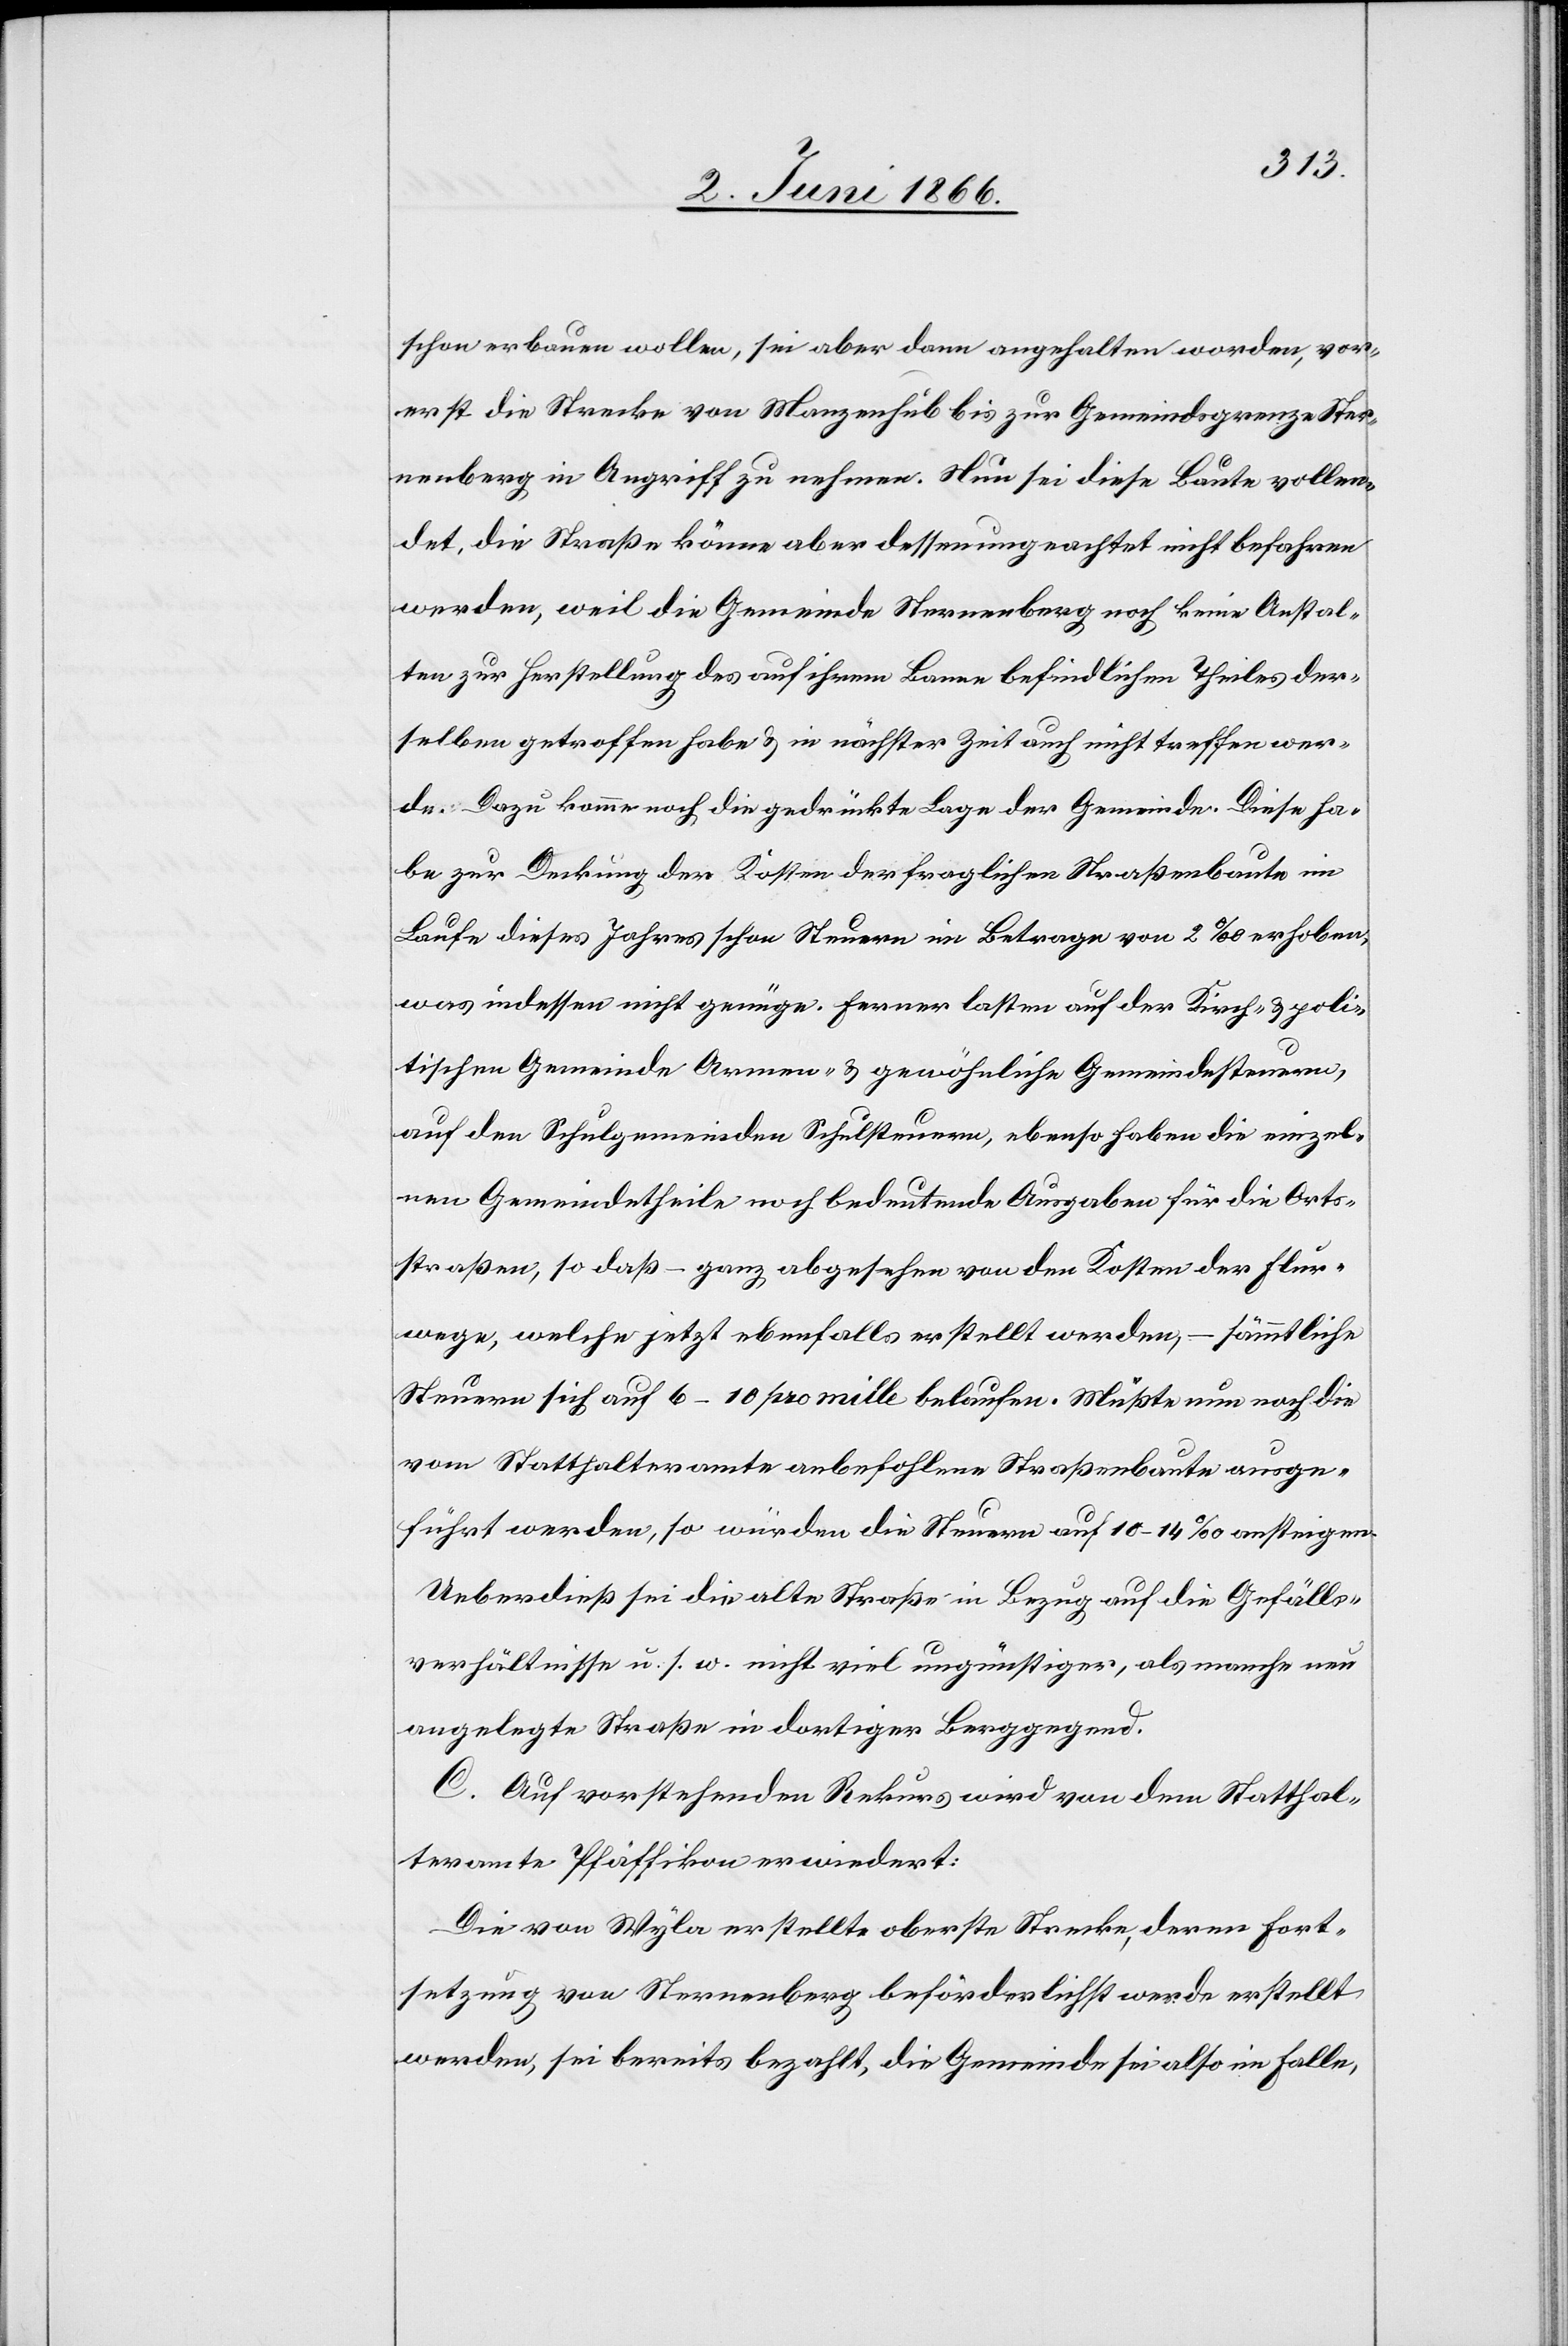
zung
schon erbauen wollen, sei aber dann angehalten worden, vor¬
erst die Strecke von Manzenhub bis zur Gemeindsgrenze Ster¬
nenberg in Angriff zu nehmen. Nun sei diese Baute vollen¬
det, die Straße könne aber dessenungeachtet nicht befahren
werden, weil die Gemeinde Sternenberg noch keine Anstal¬
ten zur Herstellung des auf ihrem Banne befindlichen Theiles der¬
selben getroffen habe u. in nächster Zeit auch nicht treffen wer¬
de: Dazu komme noch die gedrückte Lage der Gemeinde. Diese ha¬
be zur Deckung der Kosten der fraglichen Straßenbaute im
Laufe dieses Jahres schon Steuern im Betrage von 2 ‰ erhoben,
was indessen nicht genüge. Ferner lasten auf der Kirch- u. poli¬
tischen Gemeinde Armen- u. gewöhnliche Gemeindesteuern,
auf den Schulgemeinden Schulsteuern, ebenso haben die einzel¬
nen Gemeindetheile noch bedeutende Ausgaben für die Orts¬
straßen, so daß – ganz abgesehen von den Kosten der Flur¬
wege, welche jetzt ebenfalls erstellt werden, – sämmtliche
Steuern sich auf 6–10 pro mille belaufen. Müßte nun noch die
vom Statthalteramte anbefohlene Straßenbaute ausge¬
führt werden, so würden die Steuern auf 10–14 ‰ ansteigen.
Ueber dieß sei die alte Straße in Bezug auf die Gefälle¬
verhältnisse u. s. w. nicht viel ungünstiger, als mache neu
angelegte Straße in dortiger Berggegend.
C. Auf vorstehenden Rekurs wird von dem Statthal¬
teramte Pfäffikon erwiedert:
Die von Wyla erstellte Strecke, deren Fortset¬
werden, sei bereits bezahlt, die Gemeinde sei also im Falle,